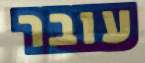
עובר